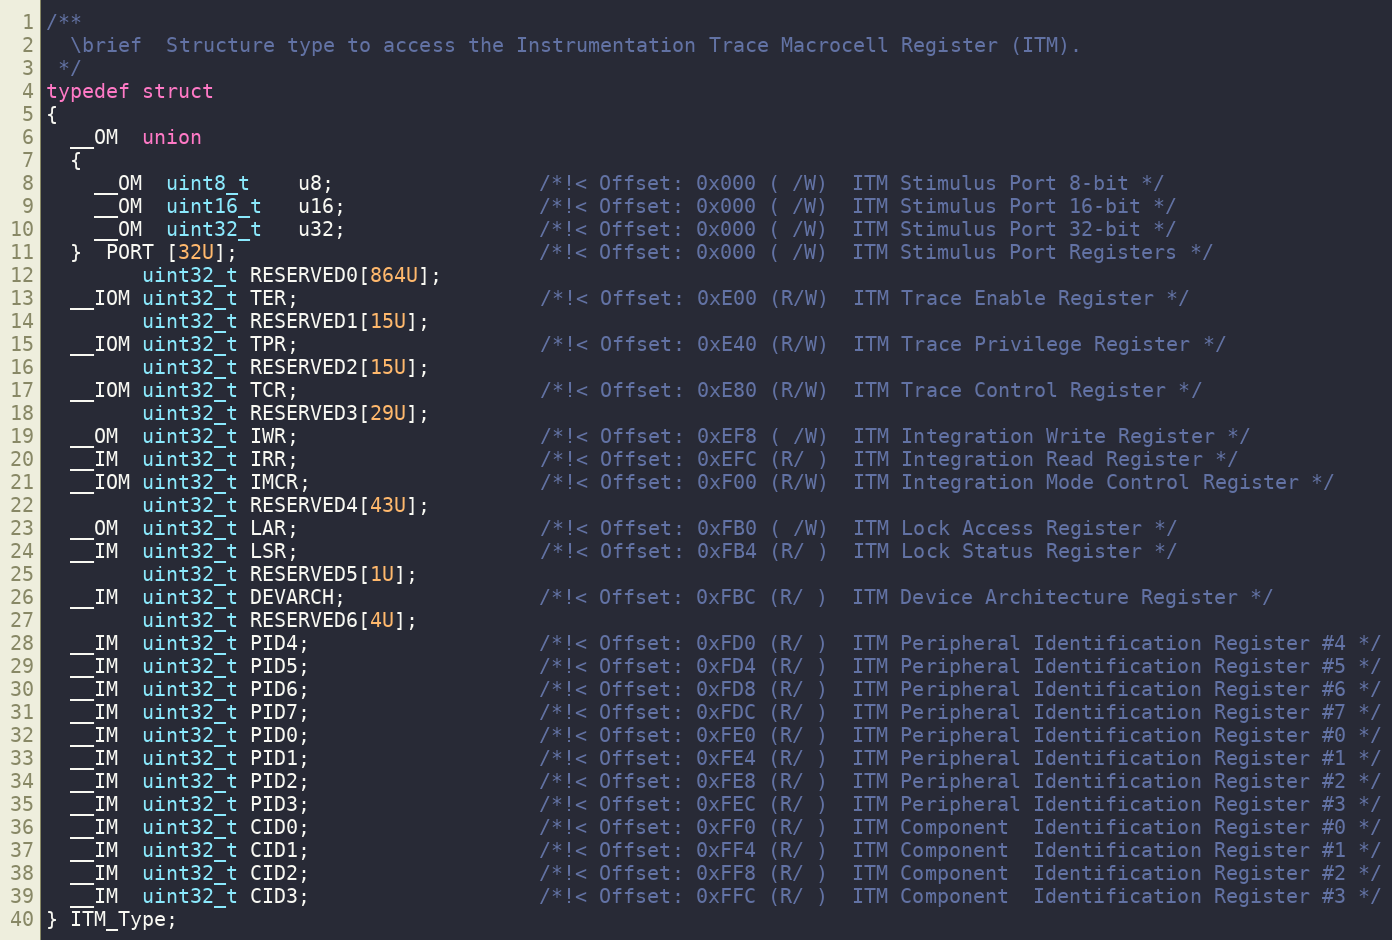
Language: C
/**
  \brief  Structure type to access the Instrumentation Trace Macrocell Register (ITM).
 */
typedef struct
{
  __OM  union
  {
    __OM  uint8_t    u8;                 /*!< Offset: 0x000 ( /W)  ITM Stimulus Port 8-bit */
    __OM  uint16_t   u16;                /*!< Offset: 0x000 ( /W)  ITM Stimulus Port 16-bit */
    __OM  uint32_t   u32;                /*!< Offset: 0x000 ( /W)  ITM Stimulus Port 32-bit */
  }  PORT [32U];                         /*!< Offset: 0x000 ( /W)  ITM Stimulus Port Registers */
        uint32_t RESERVED0[864U];
  __IOM uint32_t TER;                    /*!< Offset: 0xE00 (R/W)  ITM Trace Enable Register */
        uint32_t RESERVED1[15U];
  __IOM uint32_t TPR;                    /*!< Offset: 0xE40 (R/W)  ITM Trace Privilege Register */
        uint32_t RESERVED2[15U];
  __IOM uint32_t TCR;                    /*!< Offset: 0xE80 (R/W)  ITM Trace Control Register */
        uint32_t RESERVED3[29U];
  __OM  uint32_t IWR;                    /*!< Offset: 0xEF8 ( /W)  ITM Integration Write Register */
  __IM  uint32_t IRR;                    /*!< Offset: 0xEFC (R/ )  ITM Integration Read Register */
  __IOM uint32_t IMCR;                   /*!< Offset: 0xF00 (R/W)  ITM Integration Mode Control Register */
        uint32_t RESERVED4[43U];
  __OM  uint32_t LAR;                    /*!< Offset: 0xFB0 ( /W)  ITM Lock Access Register */
  __IM  uint32_t LSR;                    /*!< Offset: 0xFB4 (R/ )  ITM Lock Status Register */
        uint32_t RESERVED5[1U];
  __IM  uint32_t DEVARCH;                /*!< Offset: 0xFBC (R/ )  ITM Device Architecture Register */
        uint32_t RESERVED6[4U];
  __IM  uint32_t PID4;                   /*!< Offset: 0xFD0 (R/ )  ITM Peripheral Identification Register #4 */
  __IM  uint32_t PID5;                   /*!< Offset: 0xFD4 (R/ )  ITM Peripheral Identification Register #5 */
  __IM  uint32_t PID6;                   /*!< Offset: 0xFD8 (R/ )  ITM Peripheral Identification Register #6 */
  __IM  uint32_t PID7;                   /*!< Offset: 0xFDC (R/ )  ITM Peripheral Identification Register #7 */
  __IM  uint32_t PID0;                   /*!< Offset: 0xFE0 (R/ )  ITM Peripheral Identification Register #0 */
  __IM  uint32_t PID1;                   /*!< Offset: 0xFE4 (R/ )  ITM Peripheral Identification Register #1 */
  __IM  uint32_t PID2;                   /*!< Offset: 0xFE8 (R/ )  ITM Peripheral Identification Register #2 */
  __IM  uint32_t PID3;                   /*!< Offset: 0xFEC (R/ )  ITM Peripheral Identification Register #3 */
  __IM  uint32_t CID0;                   /*!< Offset: 0xFF0 (R/ )  ITM Component  Identification Register #0 */
  __IM  uint32_t CID1;                   /*!< Offset: 0xFF4 (R/ )  ITM Component  Identification Register #1 */
  __IM  uint32_t CID2;                   /*!< Offset: 0xFF8 (R/ )  ITM Component  Identification Register #2 */
  __IM  uint32_t CID3;                   /*!< Offset: 0xFFC (R/ )  ITM Component  Identification Register #3 */
} ITM_Type;